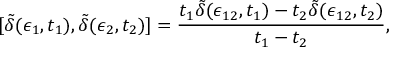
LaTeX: [ \tilde { \delta } ( \epsilon _ { 1 } , t _ { 1 } ) , \tilde { \delta } ( \epsilon _ { 2 } , t _ { 2 } ) ] = { \frac { t _ { 1 } \tilde { \delta } ( \epsilon _ { 1 2 } , t _ { 1 } ) - t _ { 2 } \tilde { \delta } ( \epsilon _ { 1 2 } , t _ { 2 } ) } { t _ { 1 } - t _ { 2 } } } ,